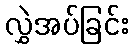
လွှဲအပ်ခြင်း